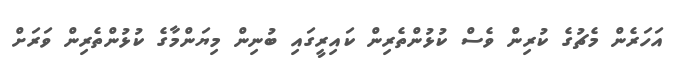
އަހަރެން މެޗުގެ ކުރިން ވެސް ކުޅުންތެރިން ކައިރީގައި ބުނިން މިޔަންމާގެ ކުޅުންތެރިން ވަރަށް